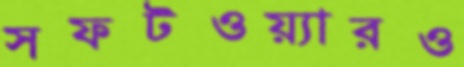
সফটওয়্যারও